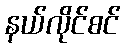
နယ်လိုင်စင်